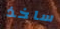
ساخذ